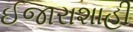
ઈજારાશાહી